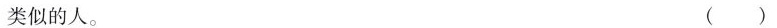
类似的人。 ( )